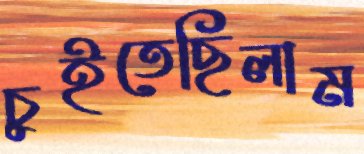
চুইতেছিলাম